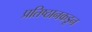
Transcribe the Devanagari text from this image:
प्रतिष्ठानकडून